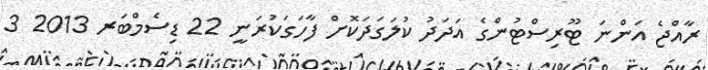
ރާއްޖެ އަންނަ ޓޫރިސްޓުންގެ އަަދަދު ކުލަގަދަކޮށް ފާހަގަކުރަނީ 22 ޑިސެމްބަރ 2013 3